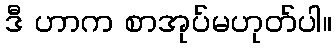
ဒီ ဟာက စာအုပ်မဟုတ်ပါ။